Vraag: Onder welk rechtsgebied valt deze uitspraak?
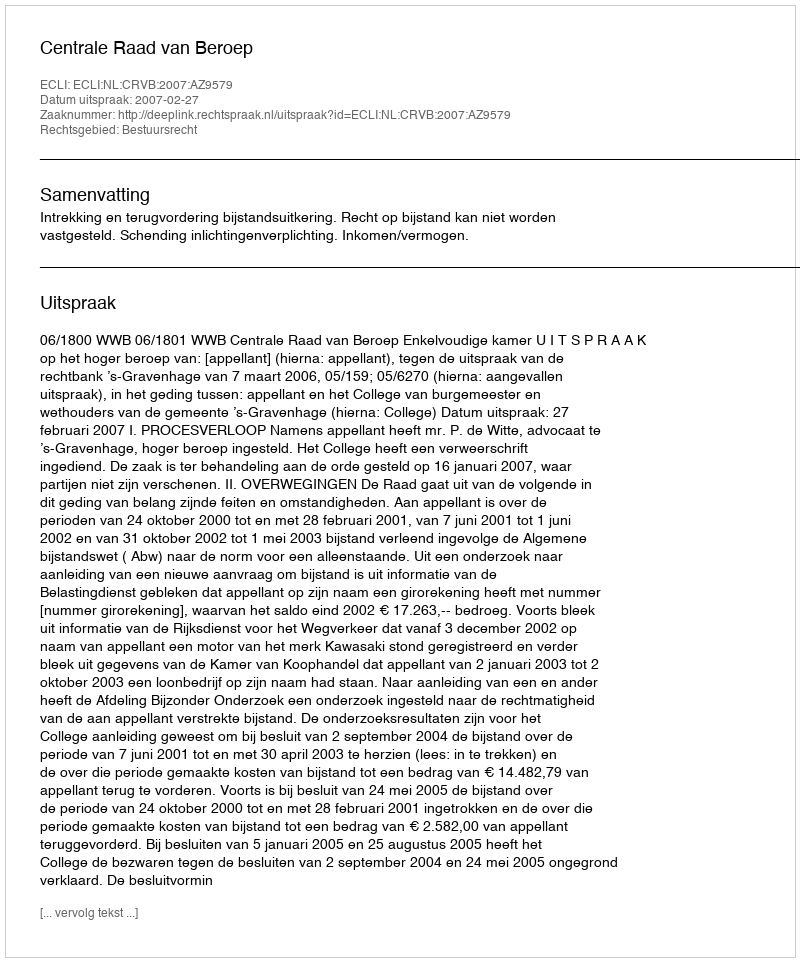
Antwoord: Bestuursrecht